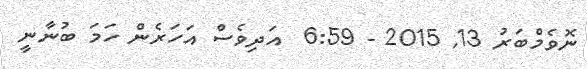
ނޮވެމްބަރު 13